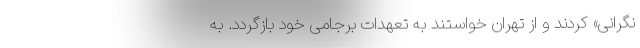
نگرانی» کردند و از تهران خواستند به تعهدات برجامی خود بازگردد. به